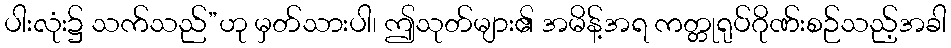
ပါးလုံး၌ သက်သည်”ဟု မှတ်သားပါ၊ ဤသုတ်များ၏ အမိန့်အရ ကတ္တုရုပ်ဂိုဏ်းစဉ်သည့်အခါ